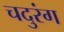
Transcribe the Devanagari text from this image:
चदुरंग